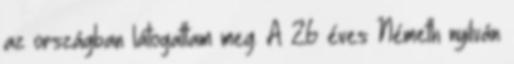
az országban látogattam meg. A 26 éves Németh nyilván